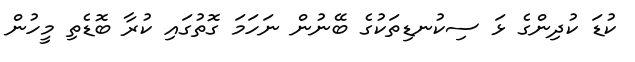
ކުޑަ ކުދިންގެ ޅަ ސިކުނޑިތަކުގެ ބޭނުން ނަހަމަ ގޮތުގައި ކުރާ ބޮޑެތި މީހުން